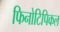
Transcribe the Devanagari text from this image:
फिनोटिपिकल